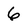
Character: 6